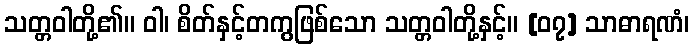
သတ္တဝါတို့၏။ ဝါ၊ စိတ်နှင့်တကွဖြစ်သော သတ္တဝါတို့နှင့်။ [၀၇] သာဓာရဏံ၊